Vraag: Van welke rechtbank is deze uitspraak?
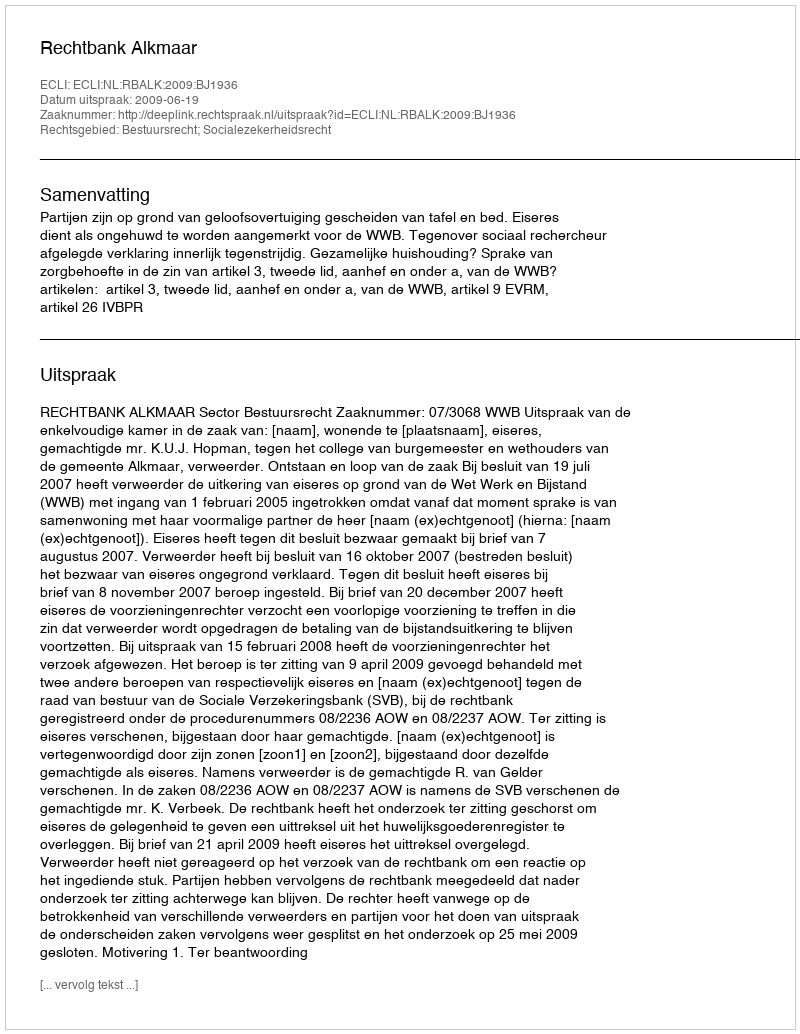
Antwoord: Rechtbank Alkmaar